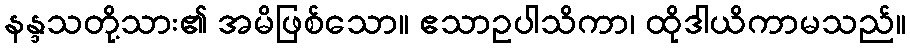
နန္ဒသတို့သား၏ အမိဖြစ်သော။ ဧသာဥပါသိကာ၊ ထိုဒါယိကာမသည်။